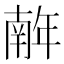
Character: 𢆥